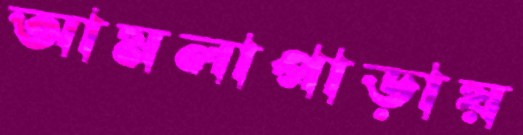
আমলাপাড়ায়